Rangoon Lunatic Asylum 1893-1897 - 1893-1897
Year: 1893
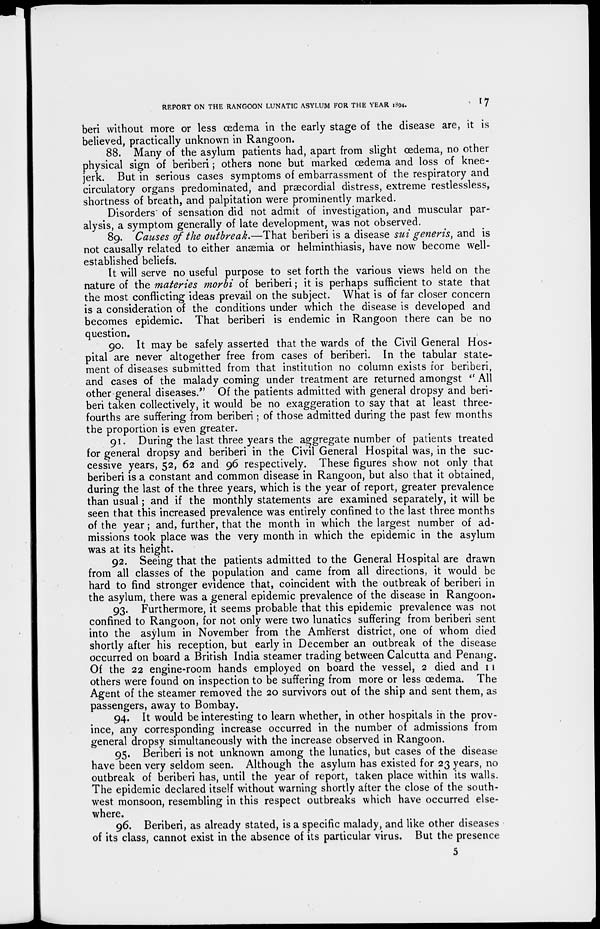
REPORT ON THE RANGOON LUNATIC ASYLUM FOR THE YEAR 1894.
17
beri without more or less œdema in the early stage of the disease are, it is
believed, practically unknown in Rangoon.
88. Many of the asylum patients had, apart from slight œdema, no other
physical sign of beriberi; others none but marked œdema and loss of knee-
jerk. But in serious cases symptoms of embarrassment of the respiratory and
circulatory organs predominated, and præcordial distress, extreme restlessless,
shortness of breath, and palpitation were prominently marked.
Disorders' of sensation did not admit of investigation, and muscular par-
alysis, a symptom generally of late development, was not observed.
89. Causes of the outbreak.—That beriberi is a disease sui generis, and is
not causally related to either anæmia or helminthiasis, have now become well-
established beliefs.
It will serve no useful purpose to set forth the various views held on the
nature of the materies morbi of beriberi; it is perhaps sufficient to state that
the most conflicting ideas prevail on the subject. What is of far closer concern
is a consideration of the conditions under which the disease is developed and
becomes epidemic. That beriberi is endemic in Rangoon there can be no
question.
90. It may be safely asserted that the wards of the Civil General Hos-
pital are never altogether free from cases of beriberi. In the tabular state-
ment of diseases submitted from that institution no column exists for beriberi,
and cases of the malady coming under treatment are returned amongst " All
other general diseases." Of the patients admitted with general dropsy and beri-
beri taken collectively, it would be no exaggeration to say that at least three-
fourths are suffering from beriberi; of those admitted during the past few months
the proportion is even greater.
91. During the last three years the aggregate number of patients treated
for general dropsy and beriberi in the Civil General Hospital was, in the suc-
cessive years, 52, 62 and 96 respectively. These figures show not only that
beriberi is a constant and common disease in Rangoon, but also that it obtained,
during the last of the three years, which is the year of report, greater prevalence
than usual; and if the monthly statements are examined separately, it will be
seen that this increased prevalence was entirely confined to the last three months
of the year; and, further, that the month in which the largest number of ad-
missions took place was the very month in which the epidemic in the asylum
was at its height.
92. Seeing that the patients admitted to the General Hospital are drawn
from all classes of the population and came from all directions, it would be
hard to find stronger evidence that, coincident with the outbreak of beriberi in
the asylum, there was a general epidemic prevalence of the disease in Rangoon.
93. Furthermore, it seems probable that this epidemic prevalence was not
confined to Rangoon, for not only were two lunatics suffering from beriberi sent
into the asylum in November from the Amherst district, one of whom died
shortly after his reception, but early in December an outbreak of the disease
occurred on board a British India steamer trading between Calcutta and Penang.
Of the 22 engine-room hands employed on board the vessel, 2 died and 11
others were found on inspection to be suffering from more or less œdema. The
Agent of the steamer removed the 20 survivors out of the ship and sent them, as
passengers, away to Bombay.
94. It would be interesting to learn whether, in other hospitals in the prov-
ince, any corresponding increase occurred in the number of admissions from
general dropsy simultaneously with the increase observed in Rangoon.
95. Beriberi is not unknown among the lunatics, but cases of the disease
have been very seldom seen. Although the asylum has existed for 23 years, no
outbreak of beriberi has, until the year of report, taken place within its walls.
The epidemic declared itself without warning shortly after the close of the south-
west monsoon, resembling in this respect outbreaks which have occurred else-
where.
96. Beriberi, as already stated, is a specific malady, and like other diseases
of its class, cannot exist in the absence of its particular virus. But the presence
5